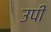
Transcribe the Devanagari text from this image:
उपी